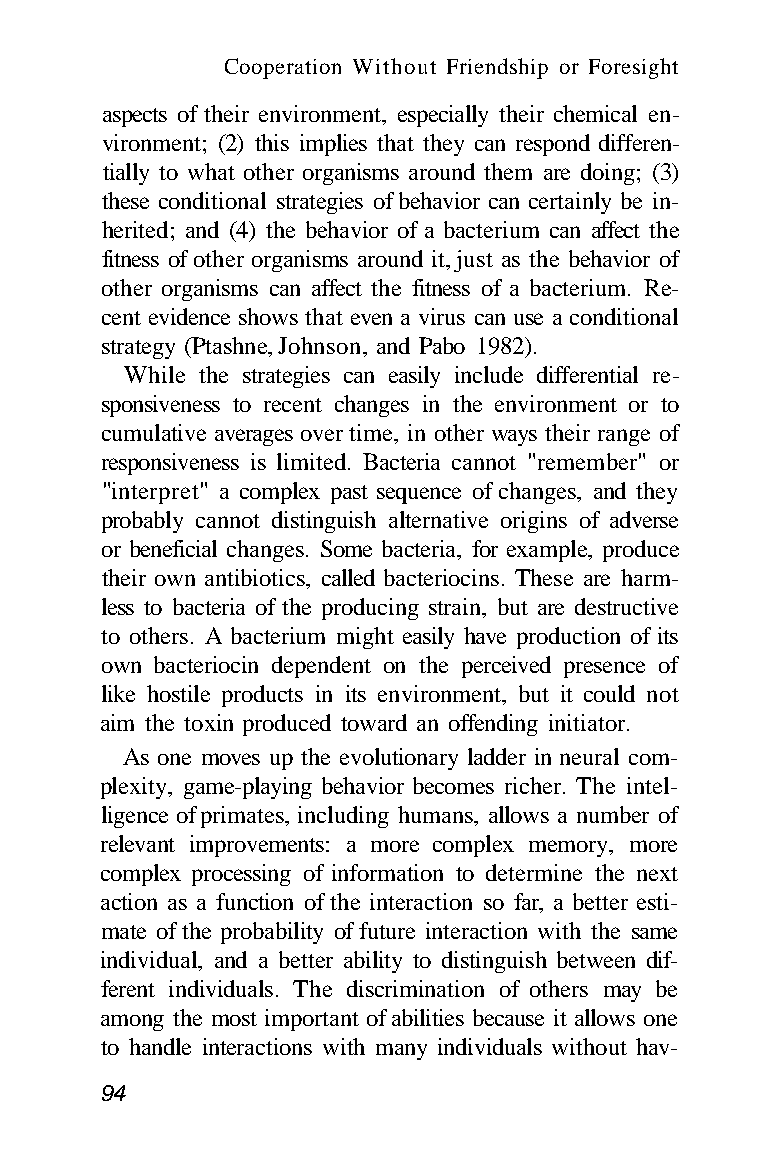
Cooperation Without Friendship or Foresight
 aspects of their environment, especially their chemical en-
 vironment; (2) this implies that they can respond differen-
 tially to what other organisms around them are doing; (3)
 these conditional strategies of behavior can certainly be in-
 herited; and (4) the behavior of a bacterium can affect the
 fitness of other organisms around it, just as the behavior of
 other organisms can affect the fitness of a bacterium. Re-
 cent evidence shows that even a virus can use a conditional
 strategy (Ptashne, Johnson, and Pabo 1982).
 While the strategies can easily include differential re-
 sponsiveness to recent changes in the environment or to
 cumulative averages over time, in other ways their range of
 responsiveness is limited. Bacteria cannot "remember" or
 "interpret" a complex past sequence of changes, and they
 probably cannot distinguish alternative origins of adverse
 or beneficial changes. Some bacteria, for example, produce
 their own antibiotics, called bacteriocins. These are harm-
 less to bacteria of the producing strain, but are destructive
 to others. A bacterium might easily have production of its
 own bacteriocin dependent on the perceived presence of
 like hostile products in its environment, but it could not
 aim the toxin produced toward an offending initiator.
 As one moves up the evolutionary ladder in neural com-
 plexity, game-playing behavior becomes richer. The intel-
 ligence of primates, including humans, allows a number of
 relevant improvements: a more complex memory, more
 complex processing of information to determine the next
 action as a function of the interaction so far, a better esti-
 mate of the probability of future interaction with the same
 individual, and a better ability to distinguish between dif-
 ferent individuals. The discrimination of others may be
 among the most important of abilities because it allows one
 to handle interactions with many individuals without hav-
 94